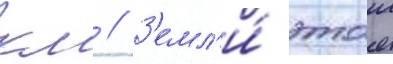
км // З'емл'и́ этои